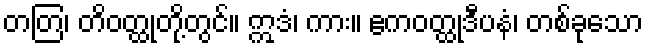
တတြ၊ တိဝတ္ထုတို့တွင်။ ဣဒံ၊ ကား။ ဧကဝတ္ထုဒီပနံ၊ တစ်ခုသော